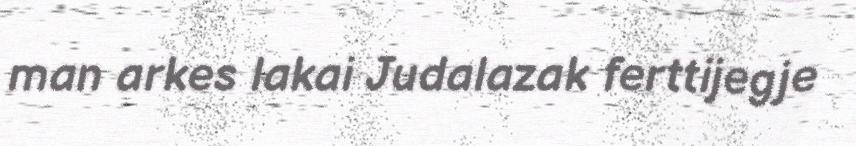
man arkes lakai Judalazak ferttijegje